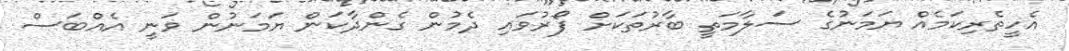
އެހީތެރިކަމެއް ޔަމަނުގެ ސަލާމަތީ ބާރުތަކަށް ފޯރުވައި ދެމުން ގެންދާކަން ޔަމަނުން ވަނީ އެއްބަސް